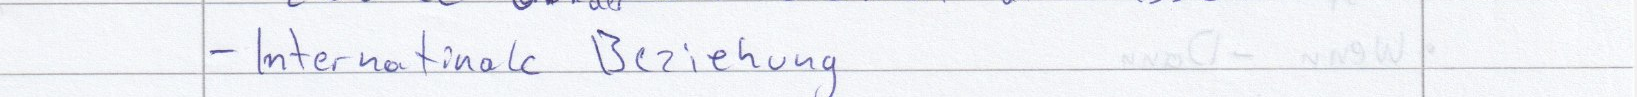
- Internationale Beziehung